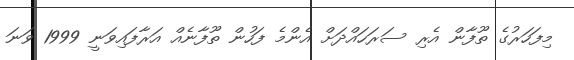
މިފަހަރުގެ ތޫފާން އެރި ސަރަހައްދަށް އެންމެ ފަހުން ތޫފާނެއް އަރާފައިވަނީ 1999 ވަނަ